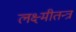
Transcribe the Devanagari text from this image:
लक्ष्मीतन्त्र